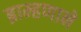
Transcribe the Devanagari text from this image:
ब्राम्हणाने